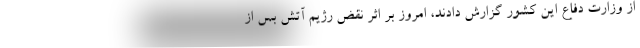
از وزارت دفاع این کشور گزارش دادند، امروز بر اثر نقض رژیم آتش بس از